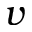
\boldsymbol { v }